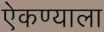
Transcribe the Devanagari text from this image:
ऐकण्याला